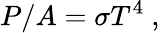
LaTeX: P/A=\sigma T^{4}\ ,